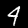
Label: 4